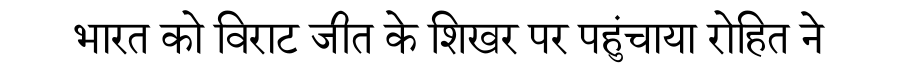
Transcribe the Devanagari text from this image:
भारत को विराट जीत के शिखर पर पहुंचाया रोहित ने